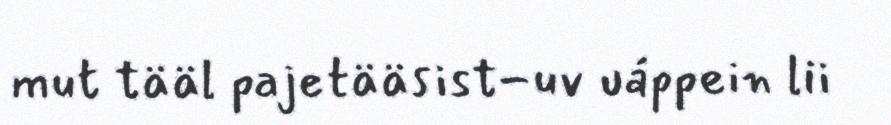
mut tääl pajetääsist-uv uáppein lii